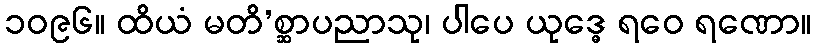
၁၀၉၆။ ထိယံ မတိ’စ္ဆာပညာသု၊ ပါပေ ယုဒ္ဓေ ရဝေ ရဏော။